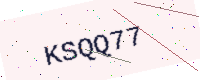
Text: KSQQ77